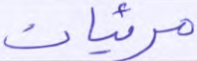
مرئيات